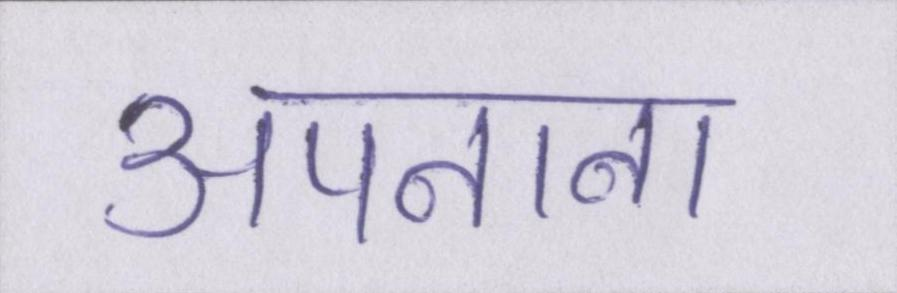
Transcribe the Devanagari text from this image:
अपनाना